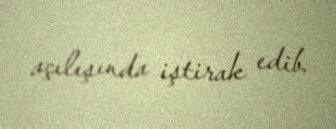
açılışında iştirak edib.